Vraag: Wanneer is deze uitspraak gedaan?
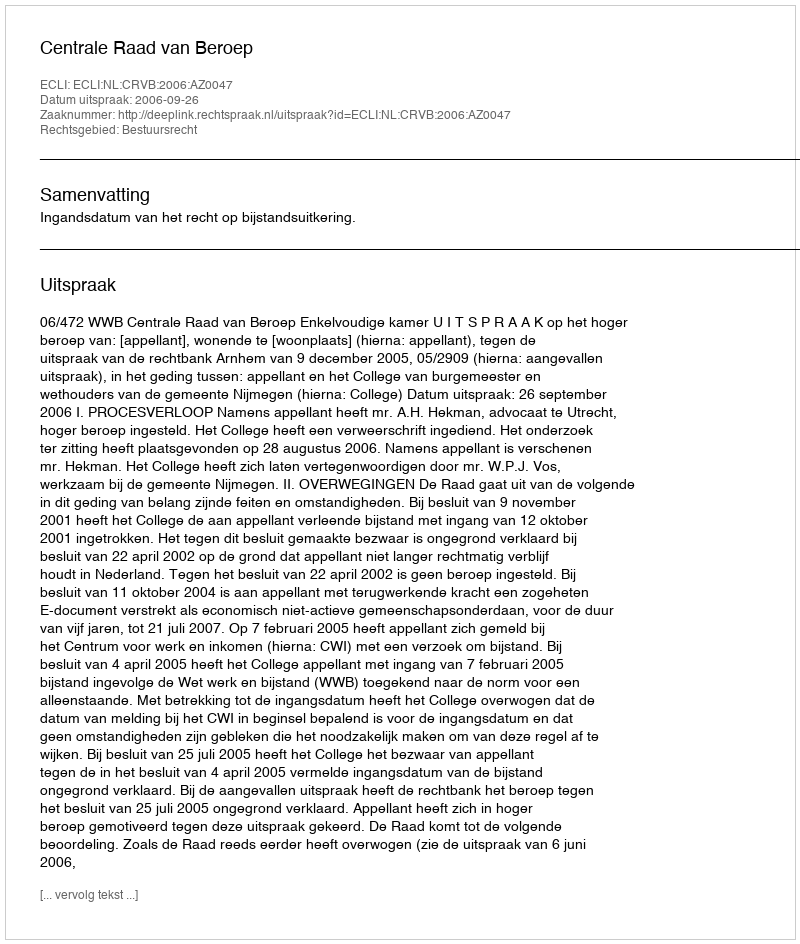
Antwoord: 2006-09-26